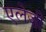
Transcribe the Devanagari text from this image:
एलेज़ी